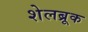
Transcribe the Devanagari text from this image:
शेलब्रूक